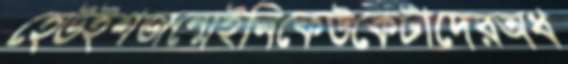
হেউইশজন্মেইনিকেউকেটাদেরঅধ